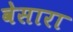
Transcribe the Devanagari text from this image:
वेसारा